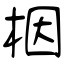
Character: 栶